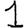
Digit: 1